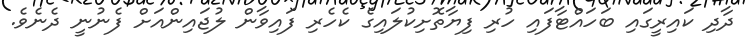
ދާދި ކައިރީގައި ބަހައްޓާފައި ހުރި ފިޔާތޮށިކުލައިގެ ކެހެރި ފައިވާން ލުޖައިންއަށް ފެނުނީ ދެނެވެ.